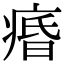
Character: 痻